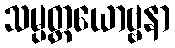
သမ္ပတ္တယောဗ္ဗနာ